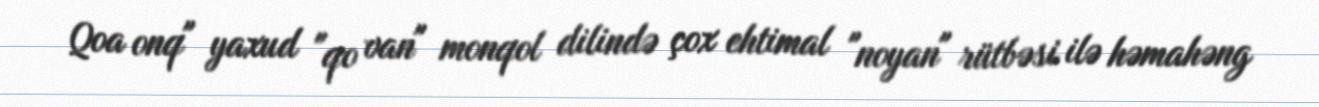
Qoa onq" yaxud "qo van" monqol dilində çox ehtimal "noyan" rütbəsi ilə həmahəng